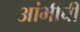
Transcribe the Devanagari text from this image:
आंभीची